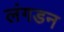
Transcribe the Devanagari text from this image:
लंगडन